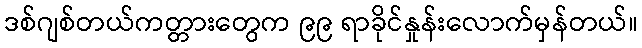
ဒစ်ဂျစ်တယ်ကတ္တားတွေက ၉၉ ရာခိုင်နှုန်းလောက်မှန်တယ်။